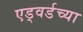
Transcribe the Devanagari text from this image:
एड्वर्डच्या